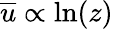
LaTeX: \overline{{u}}\propto\ln(z)